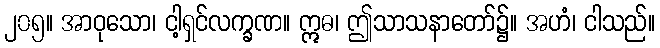
၂၀၅။ အာဝုသော၊ ငါ့ရှင်လက္ခဏ။ ဣဓ၊ ဤသာသနာတော်၌။ အဟံ၊ ငါသည်။